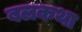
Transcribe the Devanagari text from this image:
बलकथा